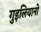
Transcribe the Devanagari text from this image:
गुइलियानो